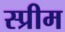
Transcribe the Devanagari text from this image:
स्प्रीम